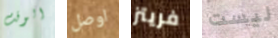
الوقت اوصل فريتز ليست